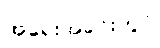
အရေးအခင်းတွင်